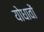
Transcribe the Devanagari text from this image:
योधावों